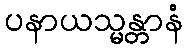
ပနာယသ္မန္တာနံ